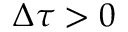
\Delta \tau > 0